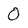
Character: O